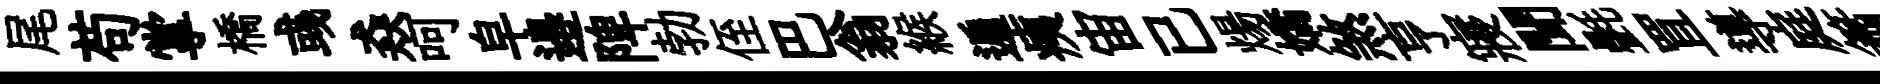
尾苟掌橋彧猋呵皁邉陴勃侄巴翁緱遍痍宙已煬嬌煞亨寢聞㲲罝導庭簫